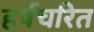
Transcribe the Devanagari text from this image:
हर्षचरित